Vaccination United Provinces of Agra and Oudh 1902-1913 - 1902-1913
Year: 1902
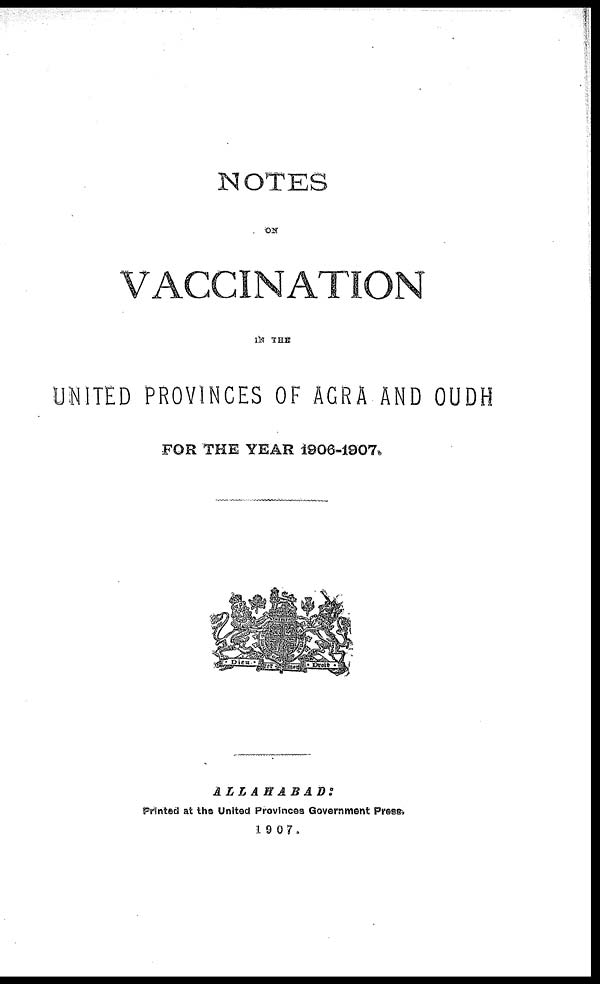
NOTES
ON
VACCINATION
IN THE
UNITED PROVINCES OF AGRA AND OUDH
FOR THE YEAR 1906-1907.
ALLAHABAD:
Printed at the United Provinces Government Press,
1907.